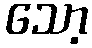
သော့